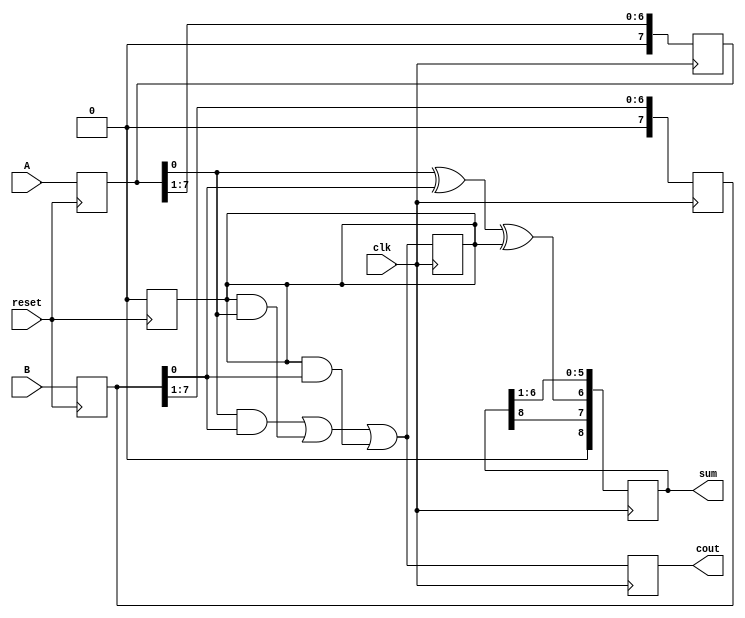
`timescale 1ns / 1ps
//////////////////////////////////////////////////////////////////////////////////
// Company: 
// Engineer: 
// 
// Design Name: 
// Module Name: SerialAdder
// Project Name: 
// Target Devices: 
// Tool Versions: 
// Description: 
// 
// Dependencies: 
// 
// Revision:
// Revision 0.01 - File Created
// Additional Comments:
// 
//////////////////////////////////////////////////////////////////////////////////


module SerialAdder(
input [7:0]A,B,
input clk,reset,
output reg cout,
output reg [8:0]sum
);

    reg [7:0]Atemp;
    reg [7:0]Btemp;
    reg cin;
    always@(posedge reset)begin
    if(reset == 1) begin
    cin = 0;
    Atemp[7:0] = A[7:0];
    Btemp[7:0] = B[7:0];
    end
    end
        always@(posedge clk)
        begin
        sum[7] = Atemp[0] ^ Btemp[0] ^ cin;
        sum = sum >> 1;
        cout = (Atemp[0] & Btemp[0]) | (cin & Atemp[0]) | (  cin  &Btemp[0] );
        Atemp = Atemp>>1;
        Btemp = Btemp>>1;
        cin = cout;
    end
endmodule